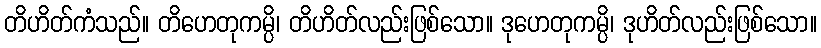
တိဟိတ်ကံသည်။ တိဟေတုကမ္ပိ၊ တိဟိတ်လည်းဖြစ်သော။ ဒုဟေတုကမ္ပိ၊ ဒုဟိတ်လည်းဖြစ်သော။